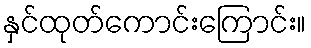
နှင်ထုတ်ကောင်းကြောင်း။